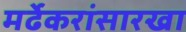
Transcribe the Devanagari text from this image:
मर्ढेकरांसारखा